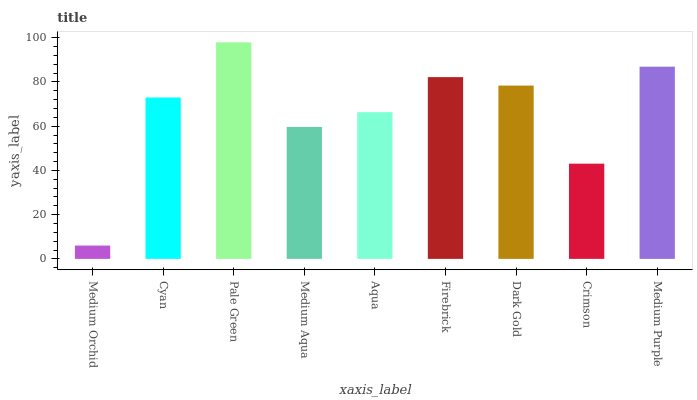
| xaxis_label | bars |
 | --- | --- |
 | Medium Orchid | 6.03 |
 | Cyan | 73 |
 | Pale Green | 97.9 |
 | Medium Aqua | 59.7 |
 | Aqua | 66.3 |
 | Firebrick | 82.2 |
 | Dark Gold | 78.4 |
 | Crimson | 43.1 |
 | Medium Purple | 86.9 |